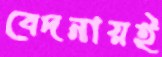
বেদনায়ই